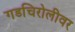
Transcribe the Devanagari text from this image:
गडचिरोलीवर